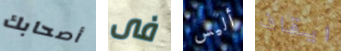
أصحابك فى أليس ايقاف